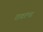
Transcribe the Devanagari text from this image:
रावरंभा